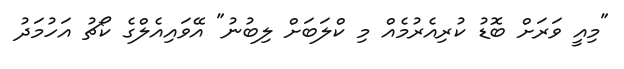
"މިއީ ވަރަށް ބޮޑު ކުރިއެރުމެއް މި ކްލަބަށް ލިބުނު" އޭވައިއެލްގެ ކޯޗު އަހުމަދު